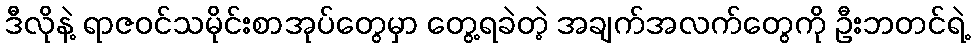
ဒီလိုနဲ့ ရာဇဝင်သမိုင်းစာအုပ်တွေမှာ တွေ့ရခဲတဲ့ အချက်အလက်တွေကို ဦးဘတင်ရဲ့